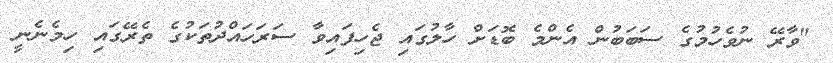
"ވާރޭ ނުވެހުމުގެ ސަބަބުން އެންމެ ބޮޑަށް ހާލުގައި ޖެހިފައިވާ ސަރަހައްދުތަކުގެ ތެރޭގައި ހިމެނެނީ